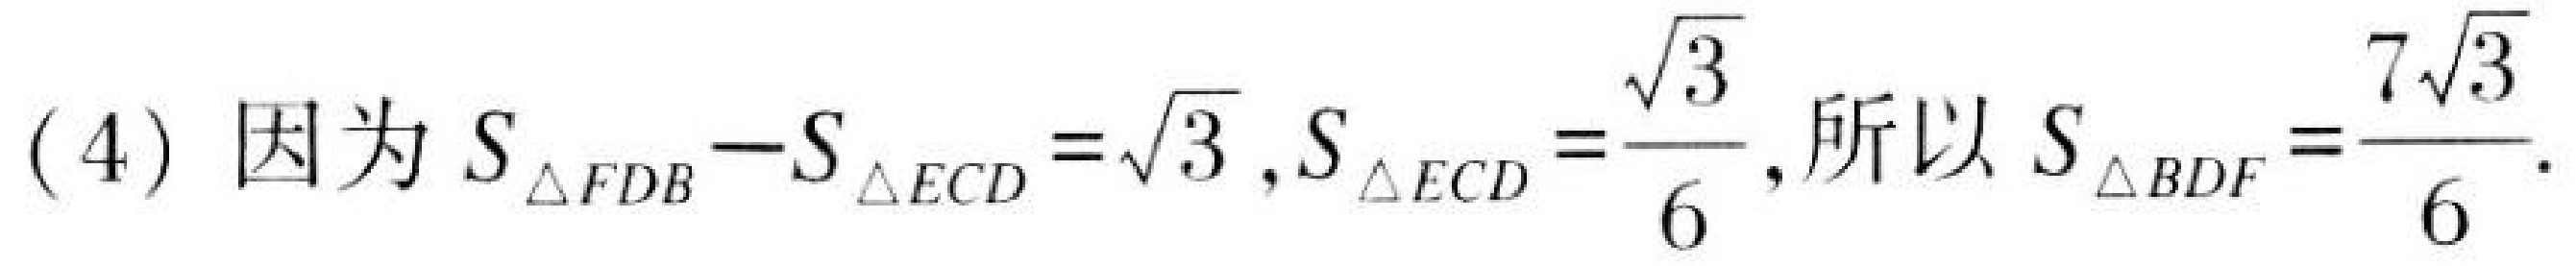
(4) 因为\(S_{\triangle FDB}-S_{\triangle ECD}=\sqrt{3},S_{\triangle ECD}=\frac{\sqrt{3}}{6}\), 所以\(S_{\triangle BDF}=\frac{7\sqrt{3}}{6}\).